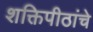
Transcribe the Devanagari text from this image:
शक्तिपीठांचे